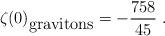
LaTeX: \begin{align*}\zeta(0)_{\mbox {gravitons}}=-{758\over 45} \; .\end{align*}